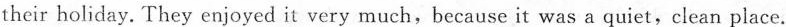
their holiday. They enjoyed it very much,because it was a quiet,clean place.